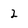
Character: 2